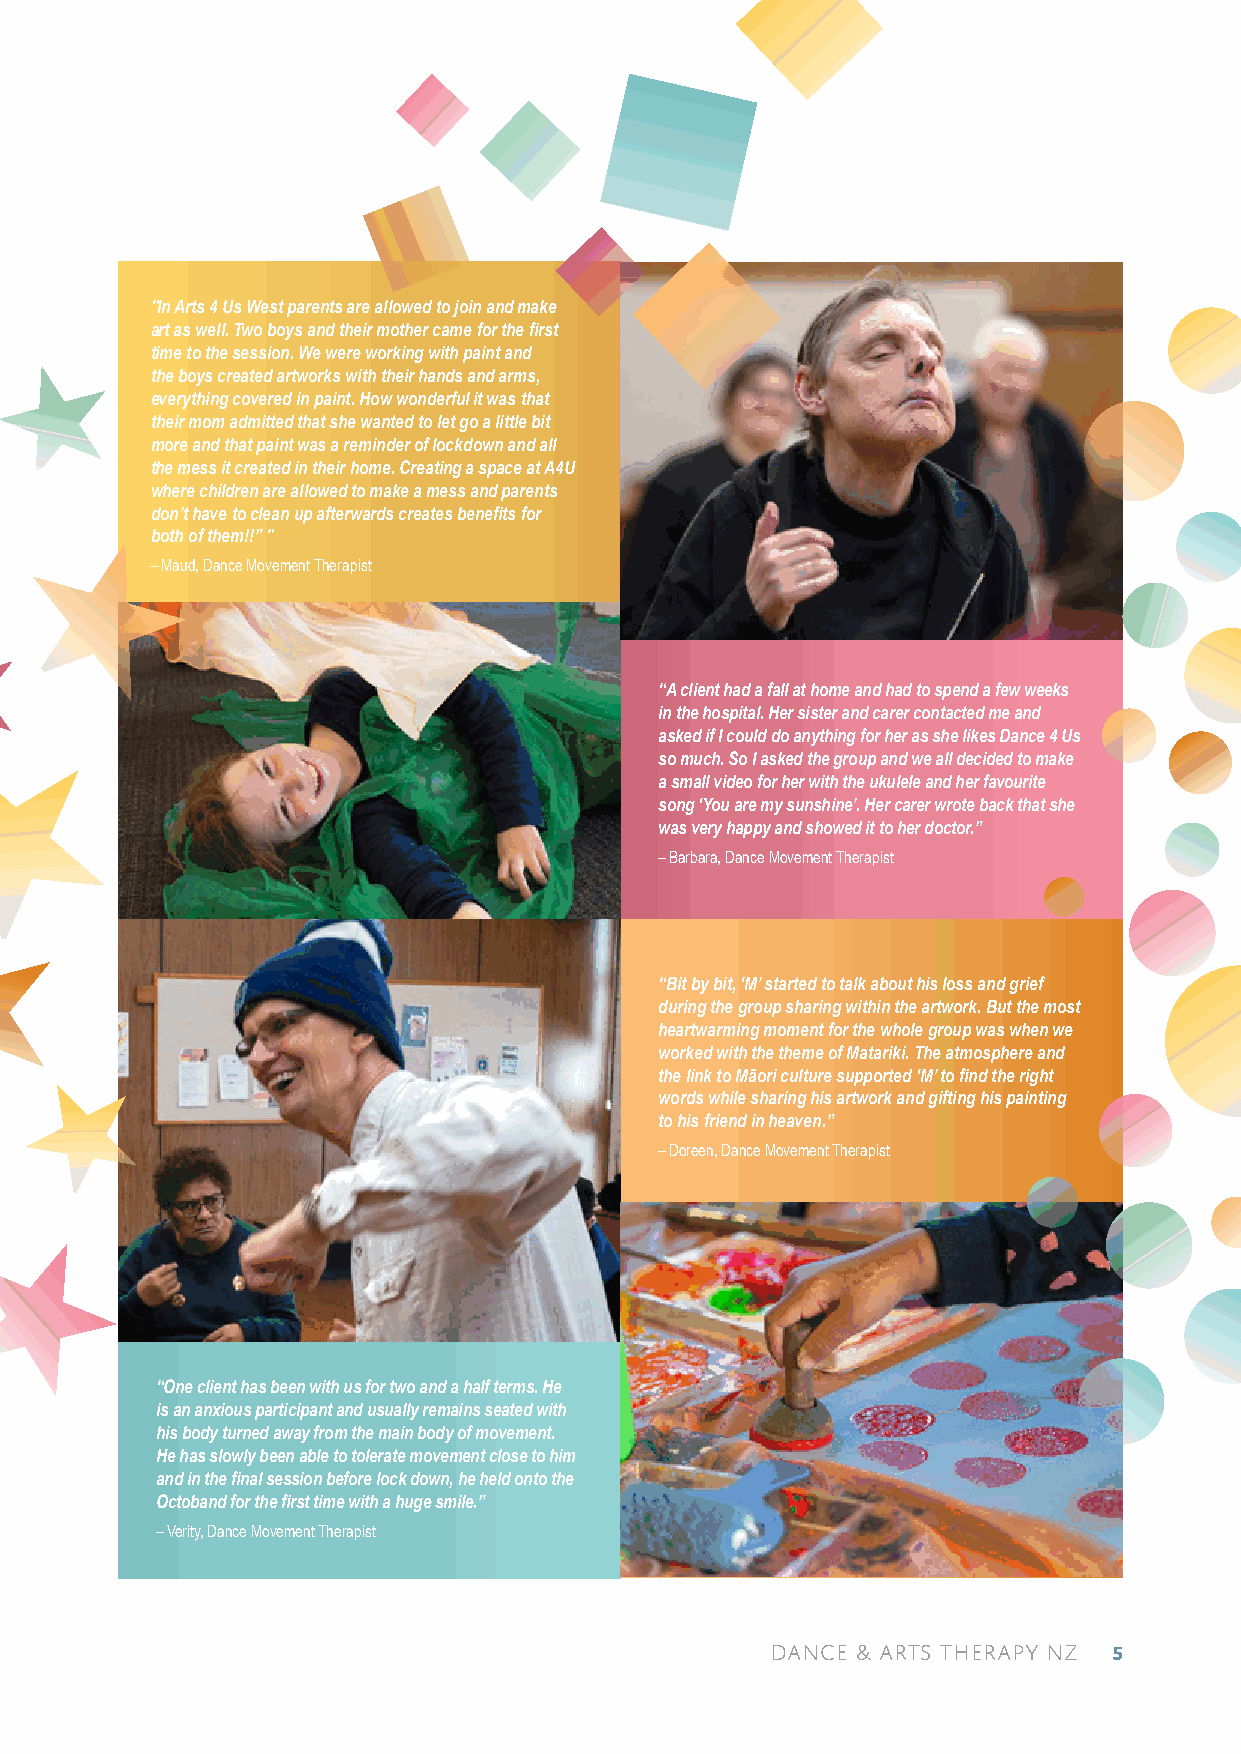
"In Arts 4 Us West parents are allowed to join and make
 art as well. Two boys and their mother came for the first
 time to the session. We were working with paint and
 the boys created artworks with their hands and arms,
 everything covered in paint. How wonderful it was that
 their mom admitted that she wanted to let go a little bit
 more and that paint was a reminder of lockdown and all
 the mess it created in their home. Creating a space at A4U
 where children are allowed to make a mess and parents
 don’t have to clean up afterwards creates benefits for
 both of them!!” "
 – Maud, Dance Movement Therapist
 “A client had a fall at home and had to spend a few weeks
 in the hospital. Her sister and carer contacted me and
 asked if I could do anything for her as she likes Dance 4 Us
 so much. So I asked the group and we all decided to make
 a small video for her with the ukulele and her favourite
 song ‘You are my sunshine’. Her carer wrote back that she
 was very happy and showed it to her doctor.”
 – Barbara, Dance Movement Therapist
 “Bit by bit, ‘M’ started to talk about his loss and grief
 during the group sharing within the artwork. But the most
 heartwarming moment for the whole group was when we
 worked with the theme of Matariki. The atmosphere and
 the link to Māori culture supported ‘M’ to find the right
 words while sharing his artwork and gifting his painting
 to his friend in heaven.”
 – Doreen, Dance Movement Therapist
 “One client has been with us for two and a half terms. He
 is an anxious participant and usually remains seated with
 his body turned away from the main body of movement.
 He has slowly been able to tolerate movement close to him
 and in the final session before lock down, he held onto the
 Octoband for the first time with a huge smile.”
 – Verity, Dance Movement Therapist
 dance & arts therapy NZ 5